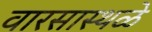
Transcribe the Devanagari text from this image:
वारसास्थळे